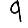
Digit: 9